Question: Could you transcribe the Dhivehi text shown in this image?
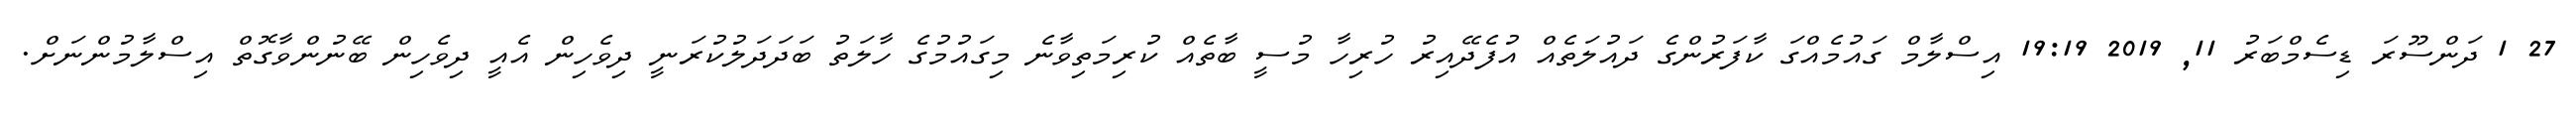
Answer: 27 1 ދަންސޫރަ ޑިސެމްބަރު 11, 2019 19:19 އިސްލާމް ގައުމެއްގަ ކާފަރުންގެ ދައުލަތެއް އުފެދޭއިރު ހުރިހާ މުސީ ބާތެއް ކުރިމަތިވާނެ މިގައުމުގެ ހާލަތު ބަދަދަލުކުރަނީ ދިވެހިން އެއީ ދިވެހިން ބޭނުންވާގޮތް އިސްލާމުންނަށް.